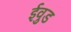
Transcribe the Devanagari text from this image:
ईवुड